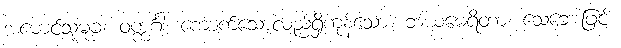
အမောင်သုမုခ။ ဝက္ကင်္ဂါ၊ ကောက်သောလည်ရှိကုန်သော။ ဘယမေရိတာ၊ သေဘေးဖြင့်